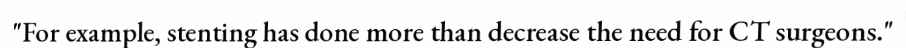
"For example, stenting has done more than decrease the need for CT surgeons."